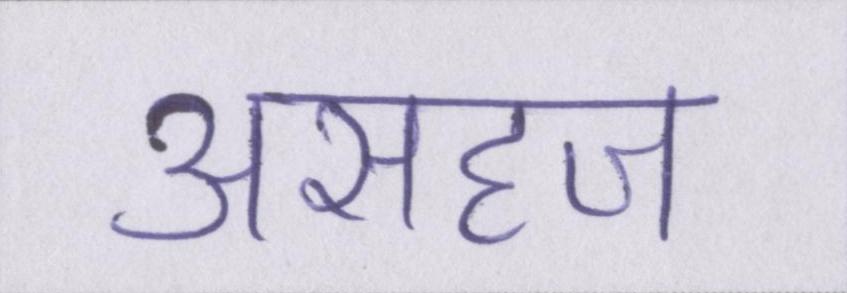
असहज